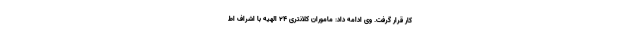
کار قرار گرفت. وی ادامه داد: ماموران کلانتری ۲۴ الهیه با اشراف اط